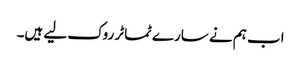
اب ہم نے سارے ٹماٹر روک لیے ہیں۔